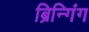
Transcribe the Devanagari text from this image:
ब्रिन्गिंग